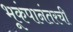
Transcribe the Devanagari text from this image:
भूकंपानंतरची